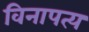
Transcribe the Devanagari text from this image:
विनापत्य